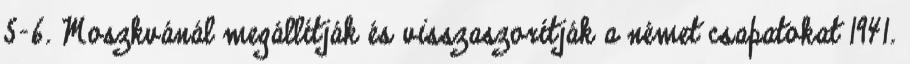
5-6. Moszkvánál megállítják és visszaszorítják a német csapatokat 1941.